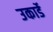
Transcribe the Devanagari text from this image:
उकार्डे